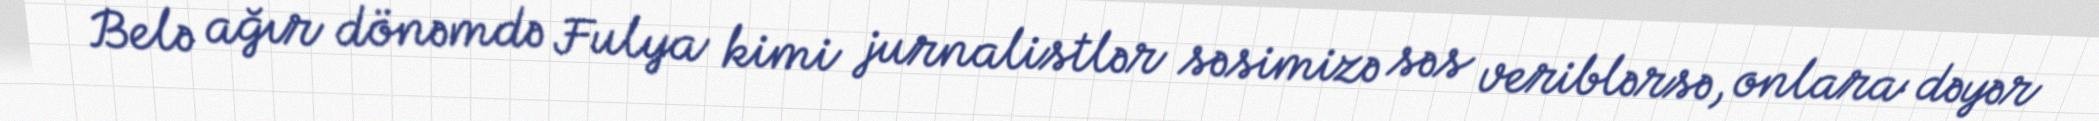
Belə ağır dönəmdə Fulya kimi jurnalistlər səsimizə səs veriblərsə, onlara dəyər